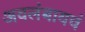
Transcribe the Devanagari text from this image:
अवलंबायचं